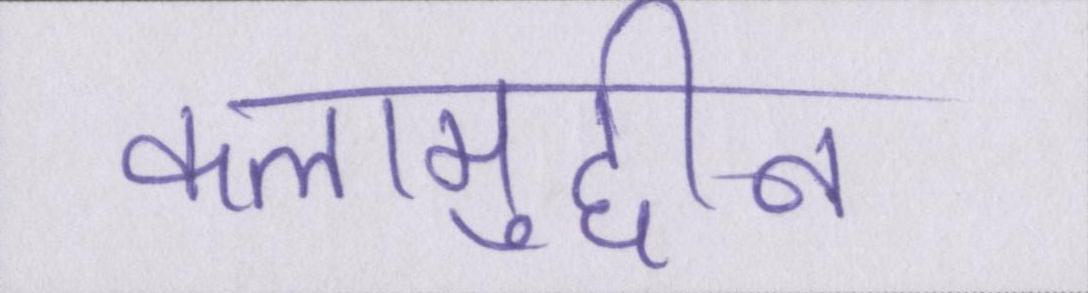
कलामुद्दीन